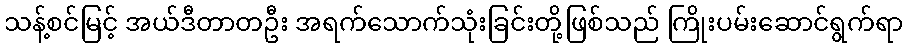
သန့်စင်မြင့် အယ်ဒီတာတဦး အရက်သောက်သုံးခြင်းတို့ဖြစ်သည် ကြိုးပမ်းဆောင်ရွက်ရာ